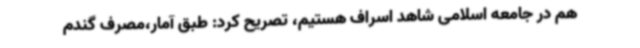
هم در جامعه اسلامی شاهد اسراف هستیم، تصریح کرد: طبق آمار،مصرف گندم